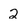
Character: 2